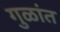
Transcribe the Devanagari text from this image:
गुळांत